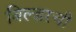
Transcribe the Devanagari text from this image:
बिल्डरची